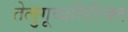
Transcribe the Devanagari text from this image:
तेलुगूव्यतिरिक्त